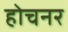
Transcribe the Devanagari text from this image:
होचनर